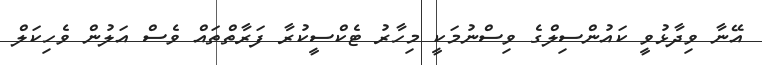
އޭނާ ވިދާޅުވީ ކައުންސިލްގެ ވިސްނުމަކީ މިހާރު ޓެކްސީކުރާ ފަރާތްތައް ވެސް އަލުން ވެހިކަލް